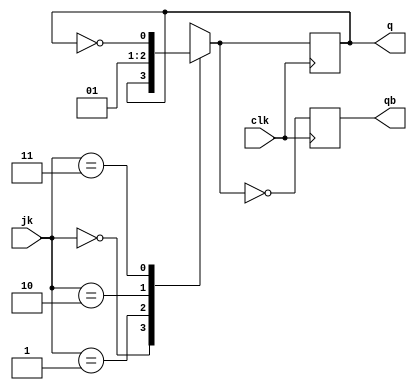
module jkff(q,qb,clk,jk);
 output q,qb;
 input clk;
 input [1:0]jk;
 reg q=0;
reg qb=1;
always@(posedge clk)
begin
case(jk)
2'b00:q=q;
2'b01:q=0;
2'b10:q=1;
2'b11:q=~q;
endcase
qb=~q;
end
endmodule